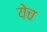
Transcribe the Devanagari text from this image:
येच